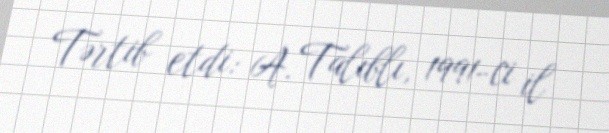
Tərtib etdi: A. Talıblı, 1991-ci il